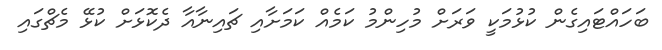
ބަހައްޓައިގެން ކުޅުމަކީ ވަރަށް މުހިންމު ކަމެއް ކަމަށާއި ޗައިނާއާ ދެކޮޅަށް ކުޅޭ މެޗްގައި